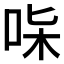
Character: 𠱟